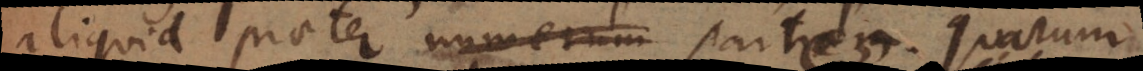
aliquid praeter numerum partium